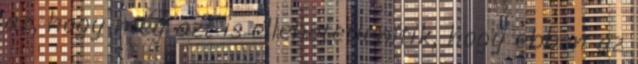
az, hogy még azt is ellehetetlenítik, hogy ebben az